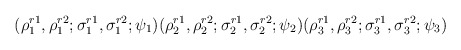
\begin{align*}(\rho_1^{r1},\rho_1^{r2};\sigma_1^{r1},\sigma_1^{r2};\psi_1)(\rho_2^{r1},\rho_2^{r2};\sigma_2^{r1},\sigma_2^{r2};\psi_2)(\rho_3^{r1},\rho_3^{r2};\sigma_3^{r1},\sigma_3^{r2};\psi_3)\end{align*}